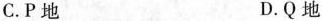
C.Р地 D.Q地